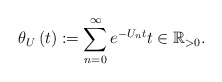
\begin{align*} \theta _{U}\left( t\right) :=\sum\limits_{n=0}^{\infty }e^{-U_{n}t}t\in\mathbb{R}_{> 0}.\end{align*}